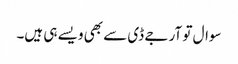
سوال تو آر جے ڈی سے بھی ویسے ہی ہیں۔